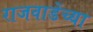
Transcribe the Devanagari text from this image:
राजवाडेंच्या